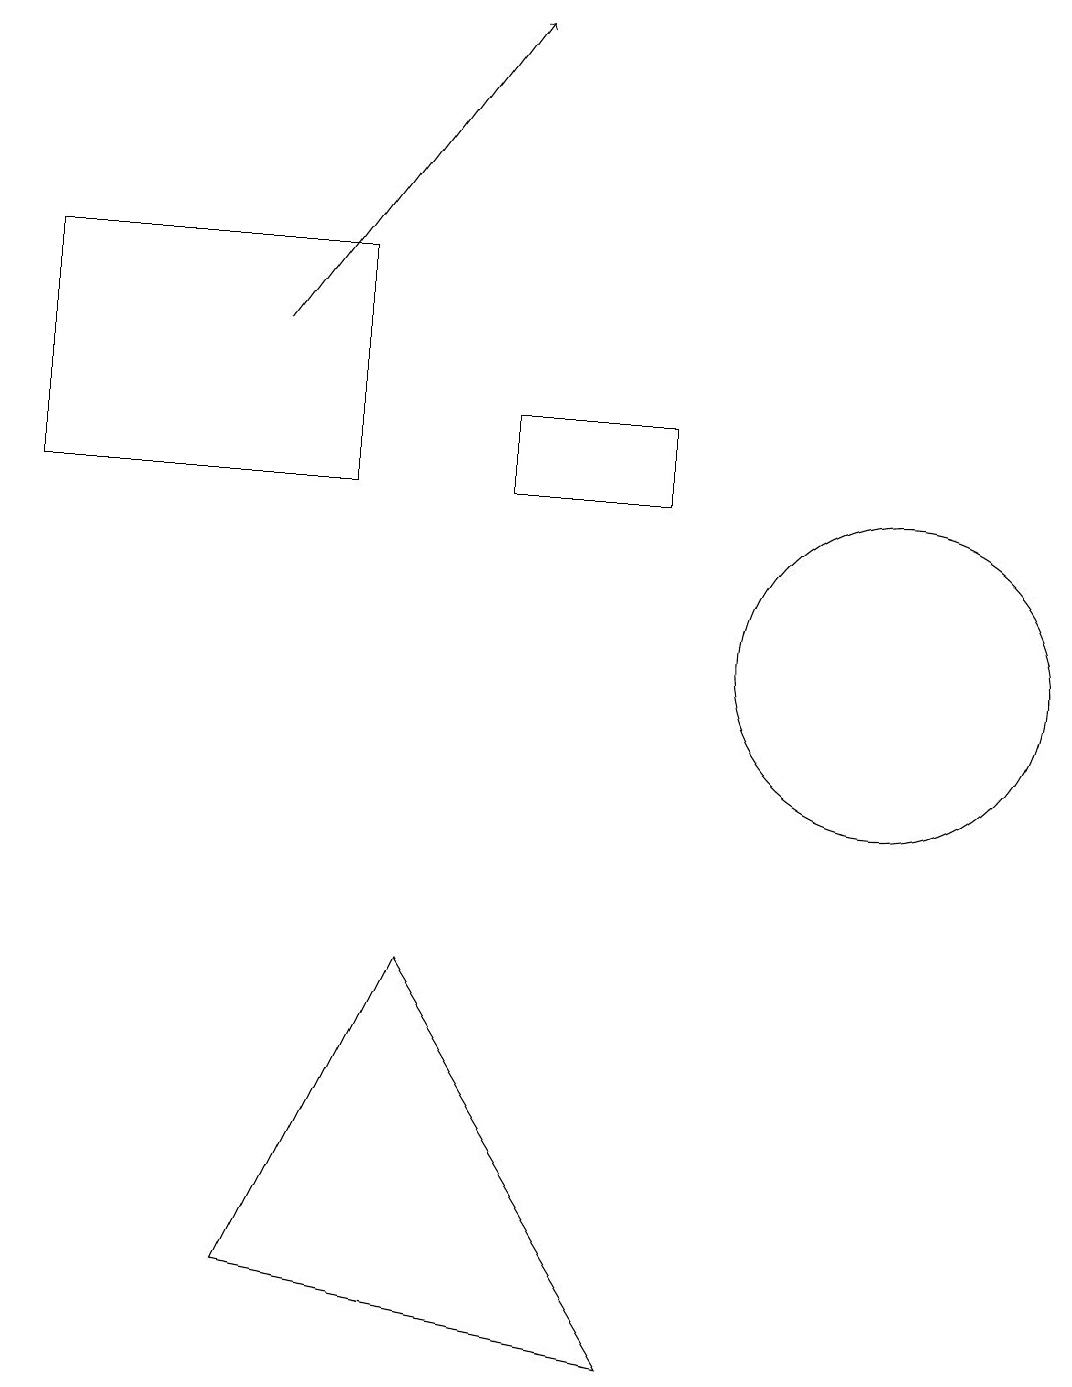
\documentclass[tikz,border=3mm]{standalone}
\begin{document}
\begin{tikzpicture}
\draw[->] (3,15) -- (6,19);
\draw (8,2) -- (3,3) -- (5,7) -- cycle;
\draw (6,13) rectangle (8,14);
\draw (4,13) rectangle (0,16);
\draw (11,11) circle (2);
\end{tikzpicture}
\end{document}